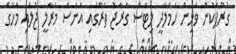
ގުރޫޕަކުން ވަޅިން ހަމަލާދީ ލިޓަސް ގަރާޖު ތެރޭގައި އަނަސް މަރާލީ ޖުލައި މަހުގެ